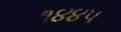
૧૪૪૫